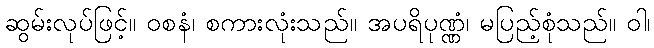
ဆွမ်းလုပ်ဖြင့်။ ဝစနံ၊ စကားလုံးသည်။ အပရိပုဏ္ဏံ၊ မပြည့်စုံသည်။ ဝါ၊